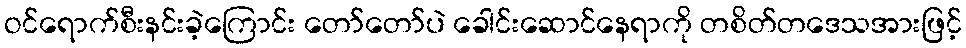
ဝင်ရောက်စီးနင်းခဲ့ကြောင်း တော်တော်ပဲ ခေါင်းဆောင်နေရာကို တစိတ်တဒေသအားဖြင့်